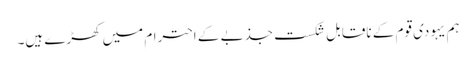
ہم یہودی قوم کے ناقابل شکست جذبے کے احترام میں کھڑے ہیں۔